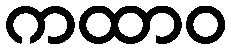
ကထာဝ